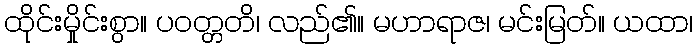
ထိုင်းမှိုင်းစွာ။ ပဝတ္တတိ၊ လည်၏။ မဟာရာဇ၊ မင်းမြတ်။ ယထာ၊